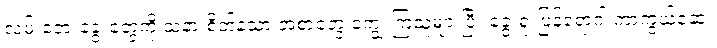
လမ်းဘေးခွေးတွေကို သနားစိတ်နဲ့သာ အစာတွေ ကျွေးကြသူများပြီး ခွေးရူးပြန်ရောဂါ ကာကွယ်ဆေး